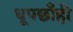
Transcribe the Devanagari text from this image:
धूपछाँही